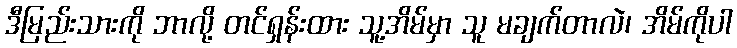
ဒီမြည်းသားကို ဘာလို့ တင်ရှန်းထား သူ့အိမ်မှာ သူ မချက်တာလဲ၊ အိမ်ကိုပါ